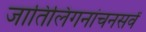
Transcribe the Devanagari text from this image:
जातिलिंगनांचनसर्वं